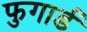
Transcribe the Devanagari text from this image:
फुगार्ड